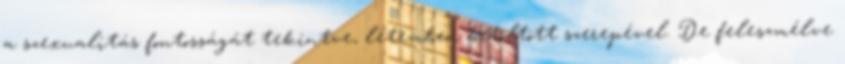
a szexualitás fontosságát tekintve, létemben betöltött szerepével. De feleszmélve